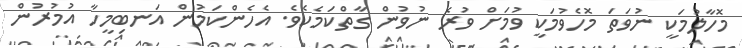
މޮހާލުމަކީ ނުވަތަ މޮހެވުމަކީ ވުމަށް ވުރެ ނުވުން ގާތްކަމެކެވެ. އެހެންކަމުން އަނބިމީހާ އުމުރުން